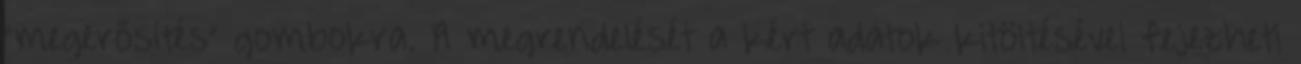
“megerősítés” gombokra. A megrendelését a kért adatok kitöltésével fejezheti